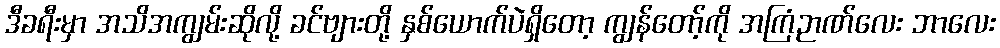
ဒီခရီးမှာ အသိအကျွမ်းဆိုလို့ ခင်ဗျားတို့ နှစ်ယောက်ပဲရှိတော့ ကျွန်တော့်ကို အကြံဉာဏ်လေး ဘာလေး